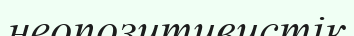
неопозитивистік